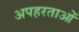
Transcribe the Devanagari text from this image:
अपहरताओं